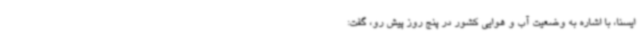
ایسنا، با اشاره به وضعیت آب و هوایی کشور در پنج روز پیش رو، گفت: